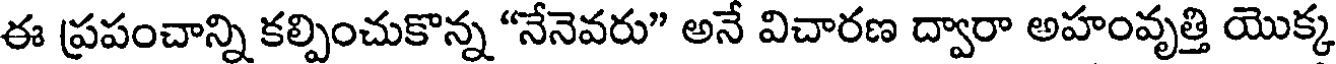
ఈ ప్రపంచాన్ని కల్పించుకొన్న "నేనెవరు" అనే విచారణ ద్వారా అహంవృత్తి యొక్క